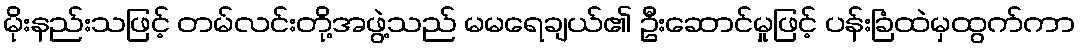
မိုးနည်းသဖြင့် တမ်လင်းတို့အဖွဲ့သည် မမရေချယ်၏ ဦးဆောင်မှုဖြင့် ပန်းခြံထဲမှထွက်ကာ